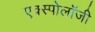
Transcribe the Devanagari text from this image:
एक्स्पोलॉजी